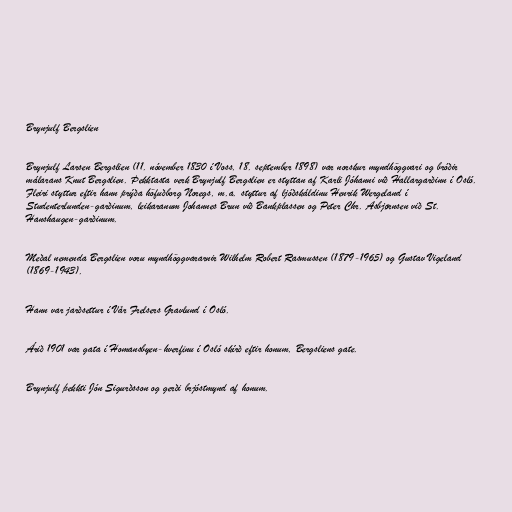
Brynjulf Bergslien

Brynjulf Larsen Bergslien (11. nóvember 1830 í Voss, 18. september 1898) var norskur myndhöggvari og bróðir
málarans Knut Bergslien. Þekktasta verk Brynjulf Bergslien er styttan af Karli Jóhanni við Hallargarðinn í Osló.
Fleiri styttur eftir hann prýða höfuðborg Noregs, m.a. styttur af ljóðskáldinu Henrik Wergeland í
Studenterlunden-garðinum, leikaranum Johannes Brun við Bankplassen og Peter Chr. Asbjørnsen við St.
Hanshaugen-garðinum.

Meðal nemenda Bergslien voru myndhöggvararnir Wilhelm Robert Rasmussen (1879-1965) og Gustav Vigeland
(1869-1943).

Hann var jarðsettur í Vår Frelsers Gravlund í Osló.

Árið 1901 var gata í Homansbyen-hverfinu í Osló skírð eftir honum, Bergsliens gate.

Brynjulf þekkti Jón Sigurðsson og gerði brjóstmynd af honum.